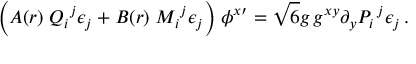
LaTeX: \Big ( A ( r ) \; { Q _ { i } } ^ { j } \epsilon _ { j } + B ( r ) \; { M _ { i } } ^ { j } \epsilon _ { j } \Big ) \; \phi ^ { x \prime } = \sqrt { 6 } g \, g ^ { x y } \partial _ { y } P _ { i } \, ^ { j } \epsilon _ { j } \, .